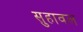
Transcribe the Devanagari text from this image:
सुहावल